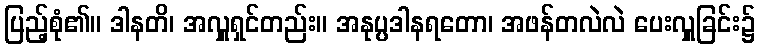
ပြည့်စုံ၏။ ဒါနတိ၊ အလှူရှင်တည်း။ အနုပ္ပဒါနရတော၊ အဖန်တလဲလဲ ပေးလှူခြင်း၌